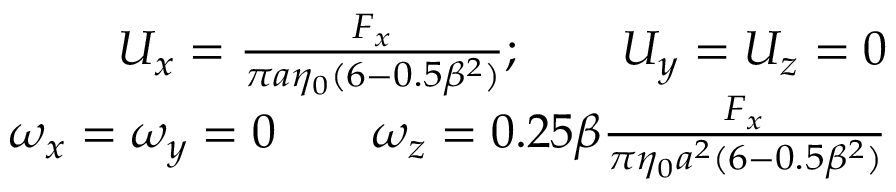
\begin{array} { r } { U _ { x } = \frac { F _ { x } } { \pi a \eta _ { 0 } ( 6 - 0 . 5 \beta ^ { 2 } ) } ; \qquad U _ { y } = U _ { z } = 0 } \\ { \omega _ { x } = \omega _ { y } = 0 \qquad \omega _ { z } = 0 . 2 5 \beta \frac { F _ { x } } { \pi \eta _ { 0 } a ^ { 2 } ( 6 - 0 . 5 \beta ^ { 2 } ) } } \end{array}